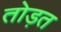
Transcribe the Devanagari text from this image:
तोड़त